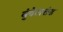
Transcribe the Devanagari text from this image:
बुंदेलशंड